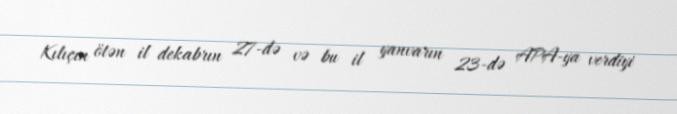
Kılıçın ötən il dekabrın 27-də və bu il yanvarın 23-də APA-ya verdiyi